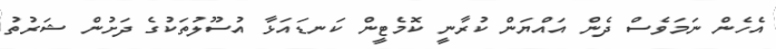
އެހެން ނަމަވެސް ދެން އައްޔަން ކުރާނީ ކޮމެޓީން ކަނޑައަޅާ އުސޫލުތަކުގެ ދަށުން ޝަރުތު